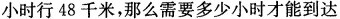
小时行48千米，那么需要多少小时才能到达